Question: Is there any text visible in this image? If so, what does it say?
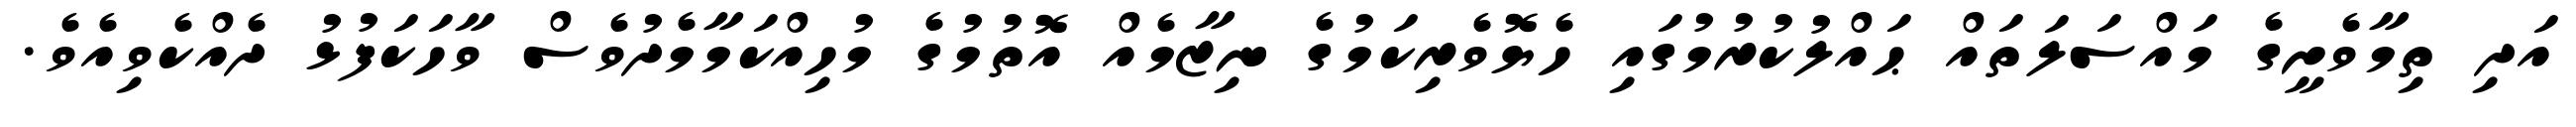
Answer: އަދި ތިމާވެށީގެ މައްސަލަތައް ޙައްލުކުރުމުގައި ހެޔޮވެރިކަމުގެ ނިޒާމެއް އޮތުމުގެ މުހިއްކަމާމެދުވެސް ވާހަކަފުޅު ދެއްކެވިއެވެ.